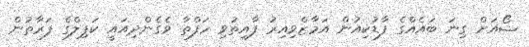
ޝޯއަށް ގިނަ ބައެއްގެ ފާޑުކިއުން އަމާޒްވިއިރު ފާއިތުވި ހަފްތާ ވެގެންދިއައީ ކަޕިލްގެ ފަރާތުން